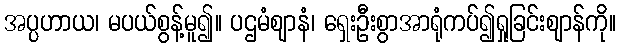
အပ္ပဟာယ၊ မပယ်စွန့်မူ၍။ ပဌမံဈာနံ၊ ရှေးဦးစွာအာရုံကပ်၍ရှုခြင်းဈာန်ကို။